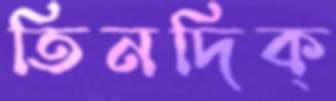
তিনদিক্‌